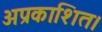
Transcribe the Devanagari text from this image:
अप्रकाशित।